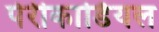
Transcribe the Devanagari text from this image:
पेरीकार्डियल